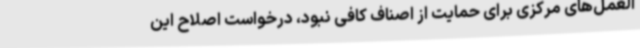
العمل‌های مرکزی برای حمایت از اصناف کافی نبود، درخواست اصلاح این